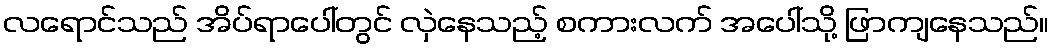
လရောင်သည် အိပ်ရာပေါ်တွင် လှဲနေသည့် စကားလက် အပေါ်သို့ ဖြာကျနေသည်။